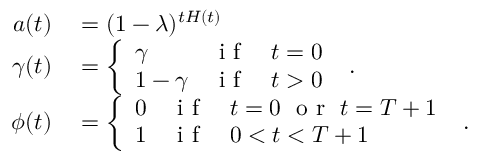
\begin{array} { r } { \begin{array} { r l } { a ( t ) } & { { } = ( 1 - \lambda ) ^ { t H ( t ) } } \\ { \gamma ( t ) } & { { } = \left\{ \begin{array} { l l } { \gamma } & { \mathrm { ~ i ~ f ~ } \quad t = 0 } \\ { 1 - \gamma } & { \mathrm { ~ i ~ f ~ } \quad t > 0 } \end{array} \right. \ . } \\ { \phi ( t ) } & { { } = \left\{ \begin{array} { l l } { 0 } & { \mathrm { ~ i ~ f ~ } \quad t = 0 \ \mathrm { ~ o ~ r ~ } \ t = T + 1 } \\ { 1 } & { \mathrm { ~ i ~ f ~ } \quad 0 < t < T + 1 } \end{array} \right. \ . } \end{array} } \end{array}